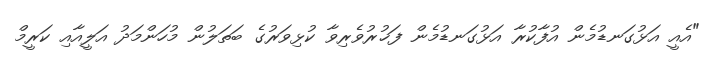
"އެއީ އަޅުގަނޑުމެން އުފާކުރާ އަޅުގަނޑުމެން ފަޚުރުވެރިވާ ކުޅިވަރުގެ ބަތަލުން މުހަންމަދު އަލީއާއި ކަރީމް